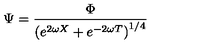
\Psi = \frac { \Phi } { \left( e ^ { 2 \omega X } + e ^ { - 2 \omega T } \right) ^ { 1 / 4 } }